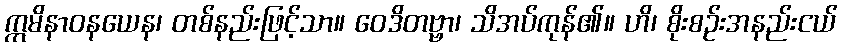
ဣမိနာဝနယေန၊ တစ်နည်းဖြင့်သာ။ ဝေဒိတဗ္ဗာ၊ သိအပ်ကုန်၏။ ဟိ၊ စိုးစဉ်းအနည်းငယ်